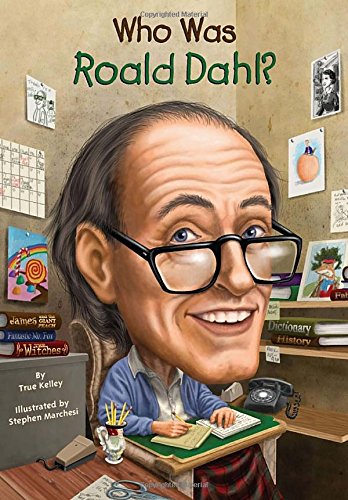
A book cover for Who Was Roald Dahl?; True Kelley; Children's Books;